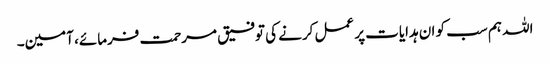
اللہ ہم سب کو ان ہدایات پر عمل کرنے کی توفیق مرحمت فرمائے، آمین۔